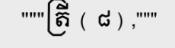
"""ត្រី ( ៨) ,"""